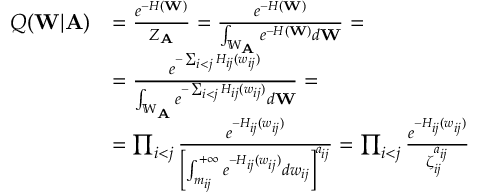
\begin{array} { r l } { Q ( \mathbf { W } | \mathbf { A } ) } & { = \frac { e ^ { - H ( \mathbf { W } ) } } { Z _ { \mathbf { A } } } = \frac { e ^ { - H ( \mathbf { W } ) } } { \int _ { \mathbb { W } _ { \mathbf { A } } } e ^ { - H ( \mathbf { W } ) } d \mathbf { W } } = } \\ & { = \frac { e ^ { - \sum _ { i < j } H _ { i j } ( w _ { i j } ) } } { \int _ { \mathbb { W } _ { \mathbf { A } } } e ^ { - \sum _ { i < j } H _ { i j } ( w _ { i j } ) } d \mathbf { W } } = } \\ & { = \prod _ { i < j } \frac { e ^ { - H _ { i j } ( w _ { i j } ) } } { \left[ \int _ { m _ { i j } } ^ { + \infty } e ^ { - H _ { i j } ( w _ { i j } ) } d w _ { i j } \right] ^ { a _ { i j } } } = \prod _ { i < j } \frac { e ^ { - H _ { i j } ( w _ { i j } ) } } { \zeta _ { i j } ^ { a _ { i j } } } } \end{array}